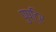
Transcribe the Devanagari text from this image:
पुष्टि्र